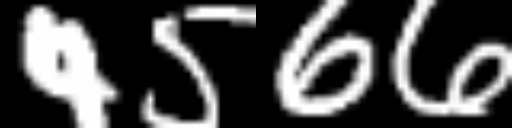
Text: 4566